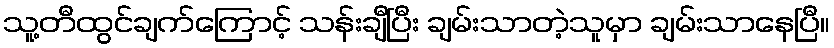
သူ့တီထွင်ချက်ကြောင့် သန်းချီပြီး ချမ်းသာတဲ့သူမှာ ချမ်းသာနေပြီ။